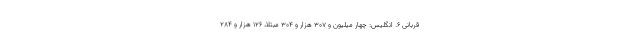
قربانی ۶. انگلیس: چهار میلیون و ۳۰۷ هزار و ۳۰۴ مبتلا، ۱۲۶ هزار و ۲۸۴